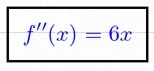
f''(x)=6x